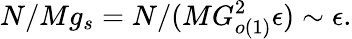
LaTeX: N/Mg_{s}=N/(MG_{o(1)}^{2}\epsilon)\sim\epsilon.